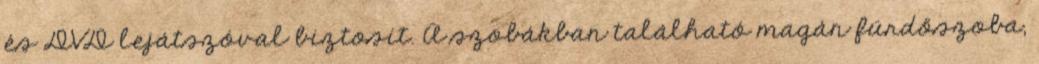
és DVD lejátszóval biztosít. A szobákban található magán fürdőszoba,